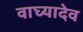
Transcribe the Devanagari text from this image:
वाघ्यादेव